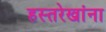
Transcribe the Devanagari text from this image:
हस्तरेखांना